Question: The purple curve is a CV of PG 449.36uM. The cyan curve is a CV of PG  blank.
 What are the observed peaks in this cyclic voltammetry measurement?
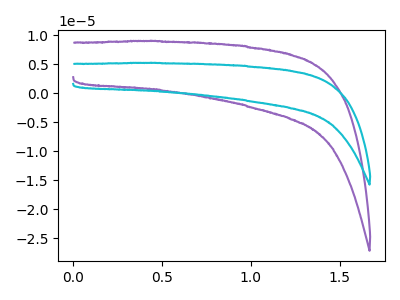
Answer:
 <answer>The purple curve "PG 449.36uM" has no peaks. The cyan curve "PG  blank" has no peaks.</answer>
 <eval></eval>